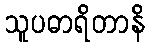
သူပဓာရိတာနိ